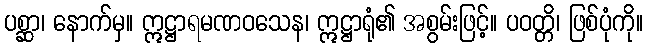
ပစ္ဆာ၊ နောက်မှ။ ဣဋ္ဌာရမဏဝသေန၊ ဣဋ္ဌာရုံ၏ အစွမ်းဖြင့်။ ပဝတ္တိ၊ ဖြစ်ပုံကို။